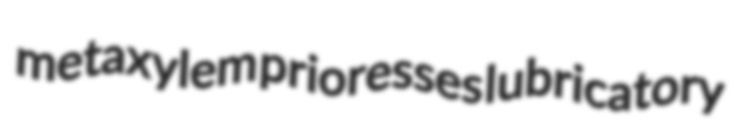
metaxylem prioresses lubricatory